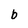
Character: b